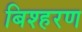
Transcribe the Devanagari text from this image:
बिश्हरण